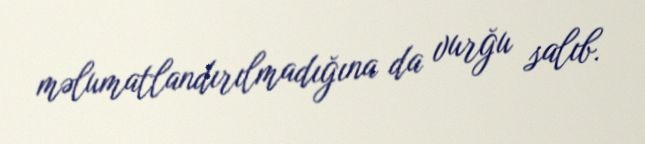
məlumatlandırılmadığına da vurğu salıb.